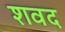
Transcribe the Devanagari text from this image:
शवद